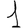
Digit: 1